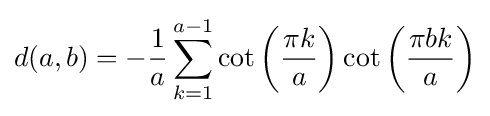
d(a,b)=-{\frac {1}{a}}\sum _{k=1}^{a-1}\cot \left({\frac {\pi k}{a}}\right)\cot \left({\frac {\pi bk}{a}}\right)